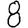
Digit: 8